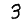
Digit: 3